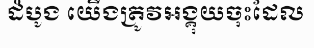
ដំបូង យើងត្រូវអង្គុយចុះដែល